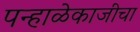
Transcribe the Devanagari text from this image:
पन्हाळेकाजीचा